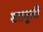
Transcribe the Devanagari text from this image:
शतमूली